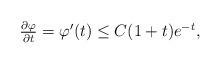
LaTeX: \begin{align*}\begin{array}[c]{c}\frac{\partial\varphi}{\partial t}=\varphi^{\prime}(t)\leq C(1+t)e^{-t},\end{array}\end{align*}